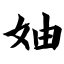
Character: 妯